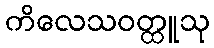
ကိလေသဝတ္ထူသု